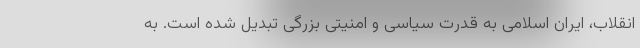
انقلاب، ایران اسلامی به قدرت سیاسی و امنیتی بزرگی تبدیل شده است. به